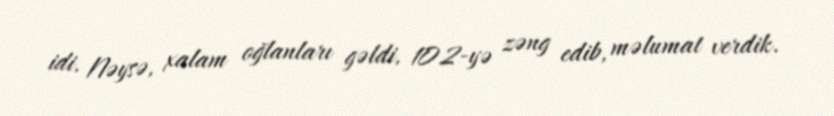
idi. Nəysə, xalam oğlanları gəldi, 102-yə zəng edib, məlumat verdik.